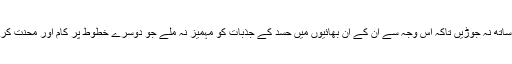
اس رخ سے ، ایمان والے دلوں کو پوری تاکید کے ساتھ چاہیے کہ وہ اس مسئلہ کو متعصب ‘‘تعلق’’ کے ساتھ نہ جوڑیں تاکہ اس وجہ سے ان کے ان بھائیوں میں حسد کے جذبات کو مہمیز نہ ملے جو دوسرے خطوط پر کام اور محنت کر رہے ہیں اور ان کو چاہیے کہ وہ مومنوں کے درمیان اتفاق و اتحاد کی خاطر اپنے جذبات پر قابو رکھیں۔